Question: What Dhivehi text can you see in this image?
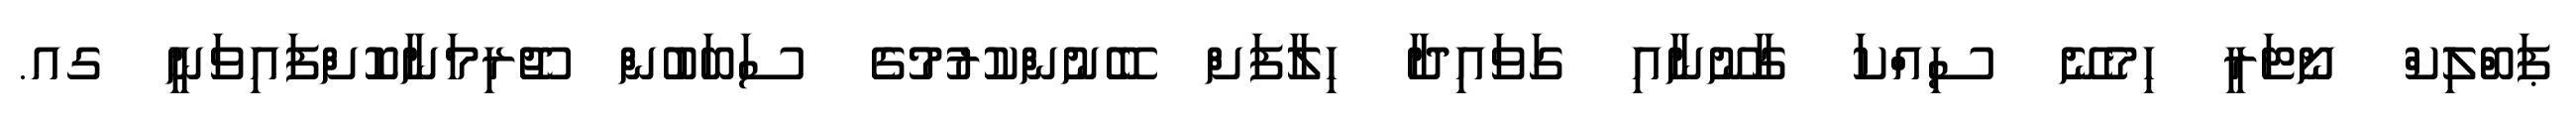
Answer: ޕަބްލިކް ނޯޓަރީ ހިމެނޭ ސިއްކަ ގާނޫނާއި ގަވައިދާ ހިލާފަށް ބޭނުންކުރުމުގެ ސަބަބުން ޖޫރިމަނާކޮށްފައިވަނީ ގއ.